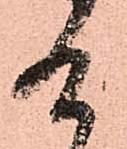
給